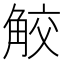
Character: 𧣦